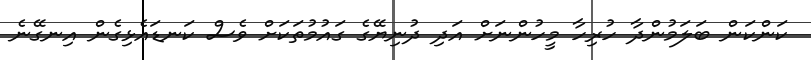
ކަންކަން ބަލަމުންދާ ހުރިހާ މީހުންނަށް އަދި ދުނިޔޭގެ ގައުމުތަކަށް ވެސް ކަނޑައެޅިގެން އިނގޭނެ